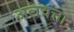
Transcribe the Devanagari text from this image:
अलवत्ता